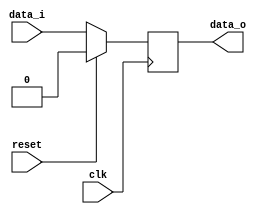
`timescale 1ns / 1ps
//////////////////////////////////////////////////////////////////////////////////
// Company: 
// Engineer: 
// 
// Design Name: 
// Module Name: d_flipflop
// Project Name: 
// Target Devices: 
// Tool Versions: 
// Description: 
// 
// Dependencies: 
// 
// Revision:
// Revision 0.01 - File Created
// Additional Comments:
// 
//////////////////////////////////////////////////////////////////////////////////


module d_flipflop(
    input data_i,
    input clk,
    input reset,
    output data_o
    );

   reg d;
   always@(posedge clk)
   begin
        if(reset == 1'b1)
             d<=1'b0;
        else
             d<=data_i;
   end
       assign data_o = d;
endmodule